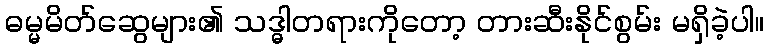
ဓမ္မမိတ်ဆွေများ၏ သဒ္ဓါတရားကိုတော့ တားဆီးနိုင်စွမ်း မရှိခဲ့ပါ။